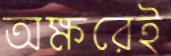
অক্ষরেই